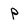
Character: p